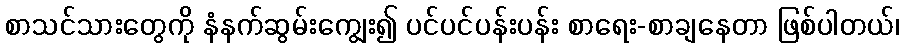
စာသင်သားတွေကို နံနက်ဆွမ်းကျွေး၍ ပင်ပင်ပန်းပန်း စာရေး-စာချနေတာ ဖြစ်ပါတယ်၊